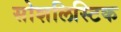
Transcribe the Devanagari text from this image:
सोशलिस्टिक